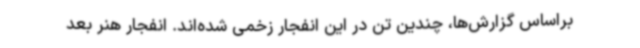
براساس گزارش‌ها، چندین تن در این انفجار زخمی شده‌اند. انفجار هنر بعد